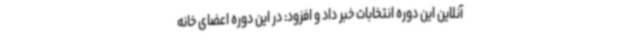
آنلاین این دوره انتخابات خبر داد و افزود: در این دوره اعضای خانه